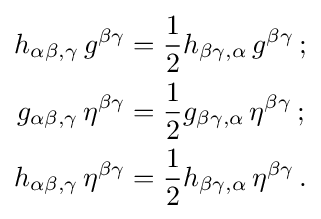
{\begin{aligned}h_{\alpha \beta ,\gamma }\,g^{\beta \gamma }&={\frac {1}{2}}h_{\beta \gamma ,\alpha }\,g^{\beta \gamma }\,;\\g_{\alpha \beta ,\gamma }\,\eta ^{\beta \gamma }&={\frac {1}{2}}g_{\beta \gamma ,\alpha }\,\eta ^{\beta \gamma }\,;\\h_{\alpha \beta ,\gamma }\,\eta ^{\beta \gamma }&={\frac {1}{2}}h_{\beta \gamma ,\alpha }\,\eta ^{\beta \gamma }\,.\end{aligned}}